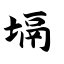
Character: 塥